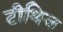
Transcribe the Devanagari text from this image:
टीथिज